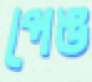
পেঙ